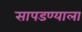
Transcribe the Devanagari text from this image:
सापडण्याला